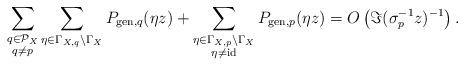
LaTeX: \begin{align*}&\sum_{\substack{q\in \mathcal{P}_{X}\\q\not = p}}\sum_{\eta\in \Gamma_{X,q}\backslash\Gamma_{X}}P_{\mathrm{gen},q}(\eta z)+\sum_{\substack{\eta\in \Gamma_{X,p}\backslash\Gamma_{X}\\\eta\not = \mathrm{id}}}P_{\mathrm{gen},p}(\eta z)=O\left(\Im(\sigma_{p}^{-1}z)^{-1}\right). \end{align*}